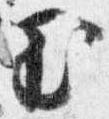
玉